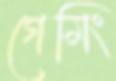
গেমিং